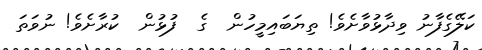
ކަލޭގެފާނު ވިދާޅުވާށެވެ! ތިޔަބައިމީހުން  ގެ  ފުޅުން  ކުރާށެވެ! ނުވަތަ